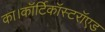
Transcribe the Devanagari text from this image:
का।कॉर्टिकॉस्टरॉएड